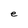
Character: e